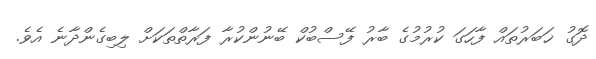
ދޮގު ޚަބަރުތައް ފާހަގަ ކުރުމުގެ ބާރު ފޭސްބުކް ބޭނުންކުރާ ފަރާތްތަކަށް ލިބިގެންދާނެ އެވެ.